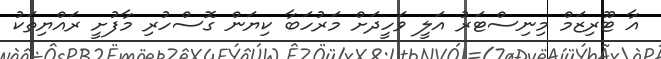
އާ ޓޫރިޒަމް މިނިސްޓަރު އަލީ ވަހީދަށް މަރުހަބާ ކިޔަން ގޮސްހުރި މާފުށީ ރައްޔިތަކު